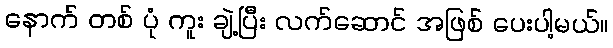
နောက် တစ် ပုံ ကူး ချဲ့ပြီး လက်ဆောင် အဖြစ် ပေးပါ့မယ်။